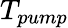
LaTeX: T_{pump}